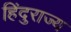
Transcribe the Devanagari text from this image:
हिंदुराज्य